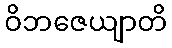
ဝိဘဇေယျာတိ